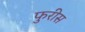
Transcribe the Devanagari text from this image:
फुरीस